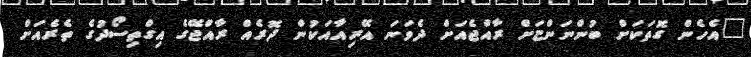
"އެހެން ގޮތަކަށް ބުންނަންޏަށް ރާއްޖެއަށް ދެވަނަ އޭރިއާއަކުން ދޮރެއް ރާއްޖޭގެ އިގްތިސޯދުގެ ތެރެއަށް